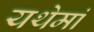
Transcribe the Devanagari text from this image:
यथेमां